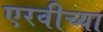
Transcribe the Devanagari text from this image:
एरवीच्या